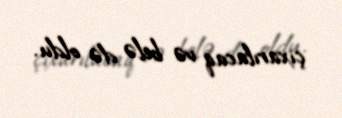
çıxarılacaq və belə də oldu.